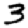
Digit: 3